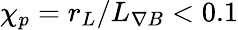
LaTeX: \chi_{p}=r_{L}/L_{\nabla B}<0.1